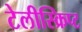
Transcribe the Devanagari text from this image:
टेलीस्क्रिप्ट